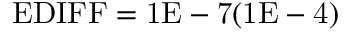
\mathrm { E D I F F } = \mathrm { 1 E - 7 } ( \mathrm { 1 E - 4 } )